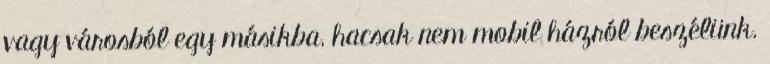
vagy városból egy másikba, hacsak nem mobil házról beszélünk.